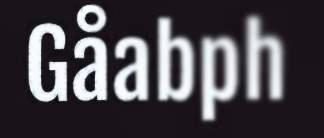
Gåabph